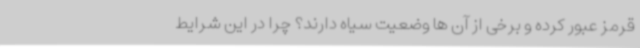
قرمز عبور کرده و برخی از آن ها وضعیت سیاه دارند؟ چرا در این شرایط